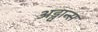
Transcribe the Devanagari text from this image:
अड्वान्स